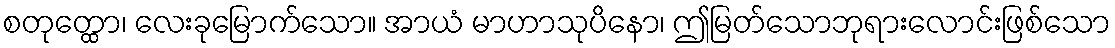
စတုတ္ထော၊ လေးခုမြောက်သော။ အာယံ မာဟာသုပိနော၊ ဤမြတ်သောဘုရားလောင်းဖြစ်သော